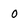
Character: o